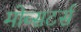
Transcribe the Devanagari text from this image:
मोब्सटर्स